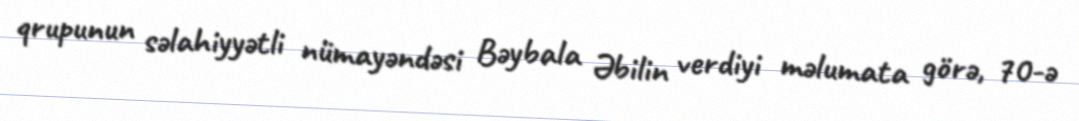
qrupunun səlahiyyətli nümayəndəsi Bəybala Əbilin verdiyi məlumata görə, 70-ə